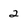
Character: 2